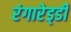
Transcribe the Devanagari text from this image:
रंगारेड्‍डी